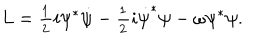
LaTeX: L = \frac { _ 1 } { ^ 2 } i \psi ^ { * } \dot { \psi } - \frac { _ 1 } { ^ 2 } i \dot { \psi } ^ { * } \psi - \omega \psi ^ { * } \psi .